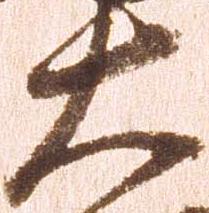
大